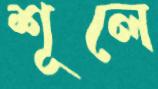
শূলে